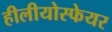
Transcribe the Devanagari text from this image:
हीलीयोस्फेयर